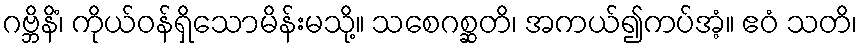
ဂဗ္ဘိနိံ၊ ကိုယ်ဝန်ရှိသောမိန်းမသို့။ သစေဂစ္ဆတိ၊ အကယ်၍ကပ်အံ့။ ဧဝံ သတိ၊